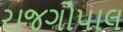
રાજગોપાલ